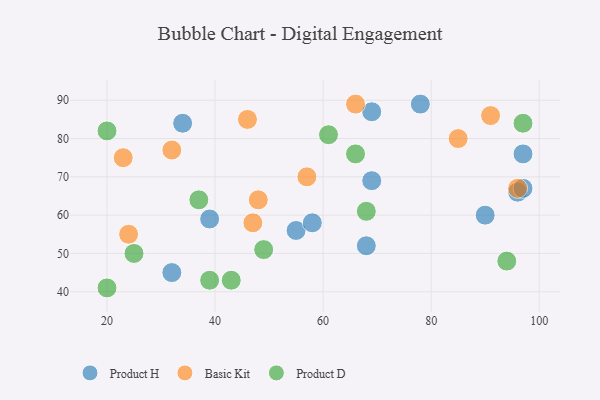
{"axis": {"x": "GDP", "y": "Life Expectancy"}, "legend": ["Basic Kit", "Product D", "Product H"], "data": [{"x": "97", "y": 76, "type": "Product H"}, {"x": "68", "y": 52, "type": "Product H"}, {"x": "90", "y": 60, "type": "Product H"}, {"x": "55", "y": 56, "type": "Product H"}, {"x": "34", "y": 84, "type": "Product H"}, {"x": "78", "y": 89, "type": "Product H"}, {"x": "39", "y": 59, "type": "Product H"}, {"x": "96", "y": 66, "type": "Product H"}, {"x": "97", "y": 67, "type": "Product H"}, {"x": "32", "y": 45, "type": "Product H"}, {"x": "69", "y": 69, "type": "Product H"}, {"x": "58", "y": 58, "type": "Product H"}, {"x": "69", "y": 87, "type": "Product H"}, {"x": "23", "y": 75, "type": "Basic Kit"}, {"x": "96", "y": 67, "type": "Basic Kit"}, {"x": "57", "y": 70, "type": "Basic Kit"}, {"x": "91", "y": 86, "type": "Basic Kit"}, {"x": "48", "y": 64, "type": "Basic Kit"}, {"x": "85", "y": 80, "type": "Basic Kit"}, {"x": "46", "y": 85, "type": "Basic Kit"}, {"x": "32", "y": 77, "type": "Basic Kit"}, {"x": "47", "y": 58, "type": "Basic Kit"}, {"x": "66", "y": 89, "type": "Basic Kit"}, {"x": "24", "y": 55, "type": "Basic Kit"}, {"x": "20", "y": 41, "type": "Product D"}, {"x": "97", "y": 84, "type": "Product D"}, {"x": "94", "y": 48, "type": "Product D"}, {"x": "66", "y": 76, "type": "Product D"}, {"x": "39", "y": 43, "type": "Product D"}, {"x": "43", "y": 43, "type": "Product D"}, {"x": "61", "y": 81, "type": "Product D"}, {"x": "25", "y": 50, "type": "Product D"}, {"x": "37", "y": 64, "type": "Product D"}, {"x": "68", "y": 61, "type": "Product D"}, {"x": "49", "y": 51, "type": "Product D"}, {"x": "20", "y": 82, "type": "Product D"}]}